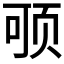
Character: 𲊻